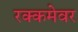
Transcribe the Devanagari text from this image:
रक्कमेवर